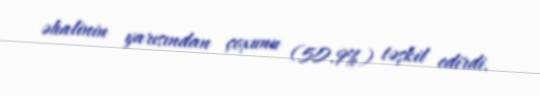
əhalinin yarısından çoxunu (50.9%) təşkil edirdi.